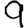
Digit: 9